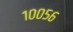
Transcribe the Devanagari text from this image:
१००५६